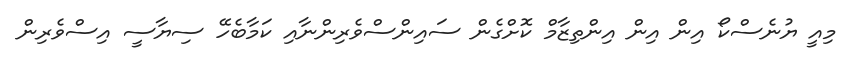
މިއީ ޔުނެސްކޯ އިން އިން އިންތިޒާމް ކޮށްގެން ސައިންސްވެރިންނާއި ކަމާބެހޭ ސިޔާސީ އިސްވެރިން